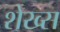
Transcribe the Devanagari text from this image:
शेख्स